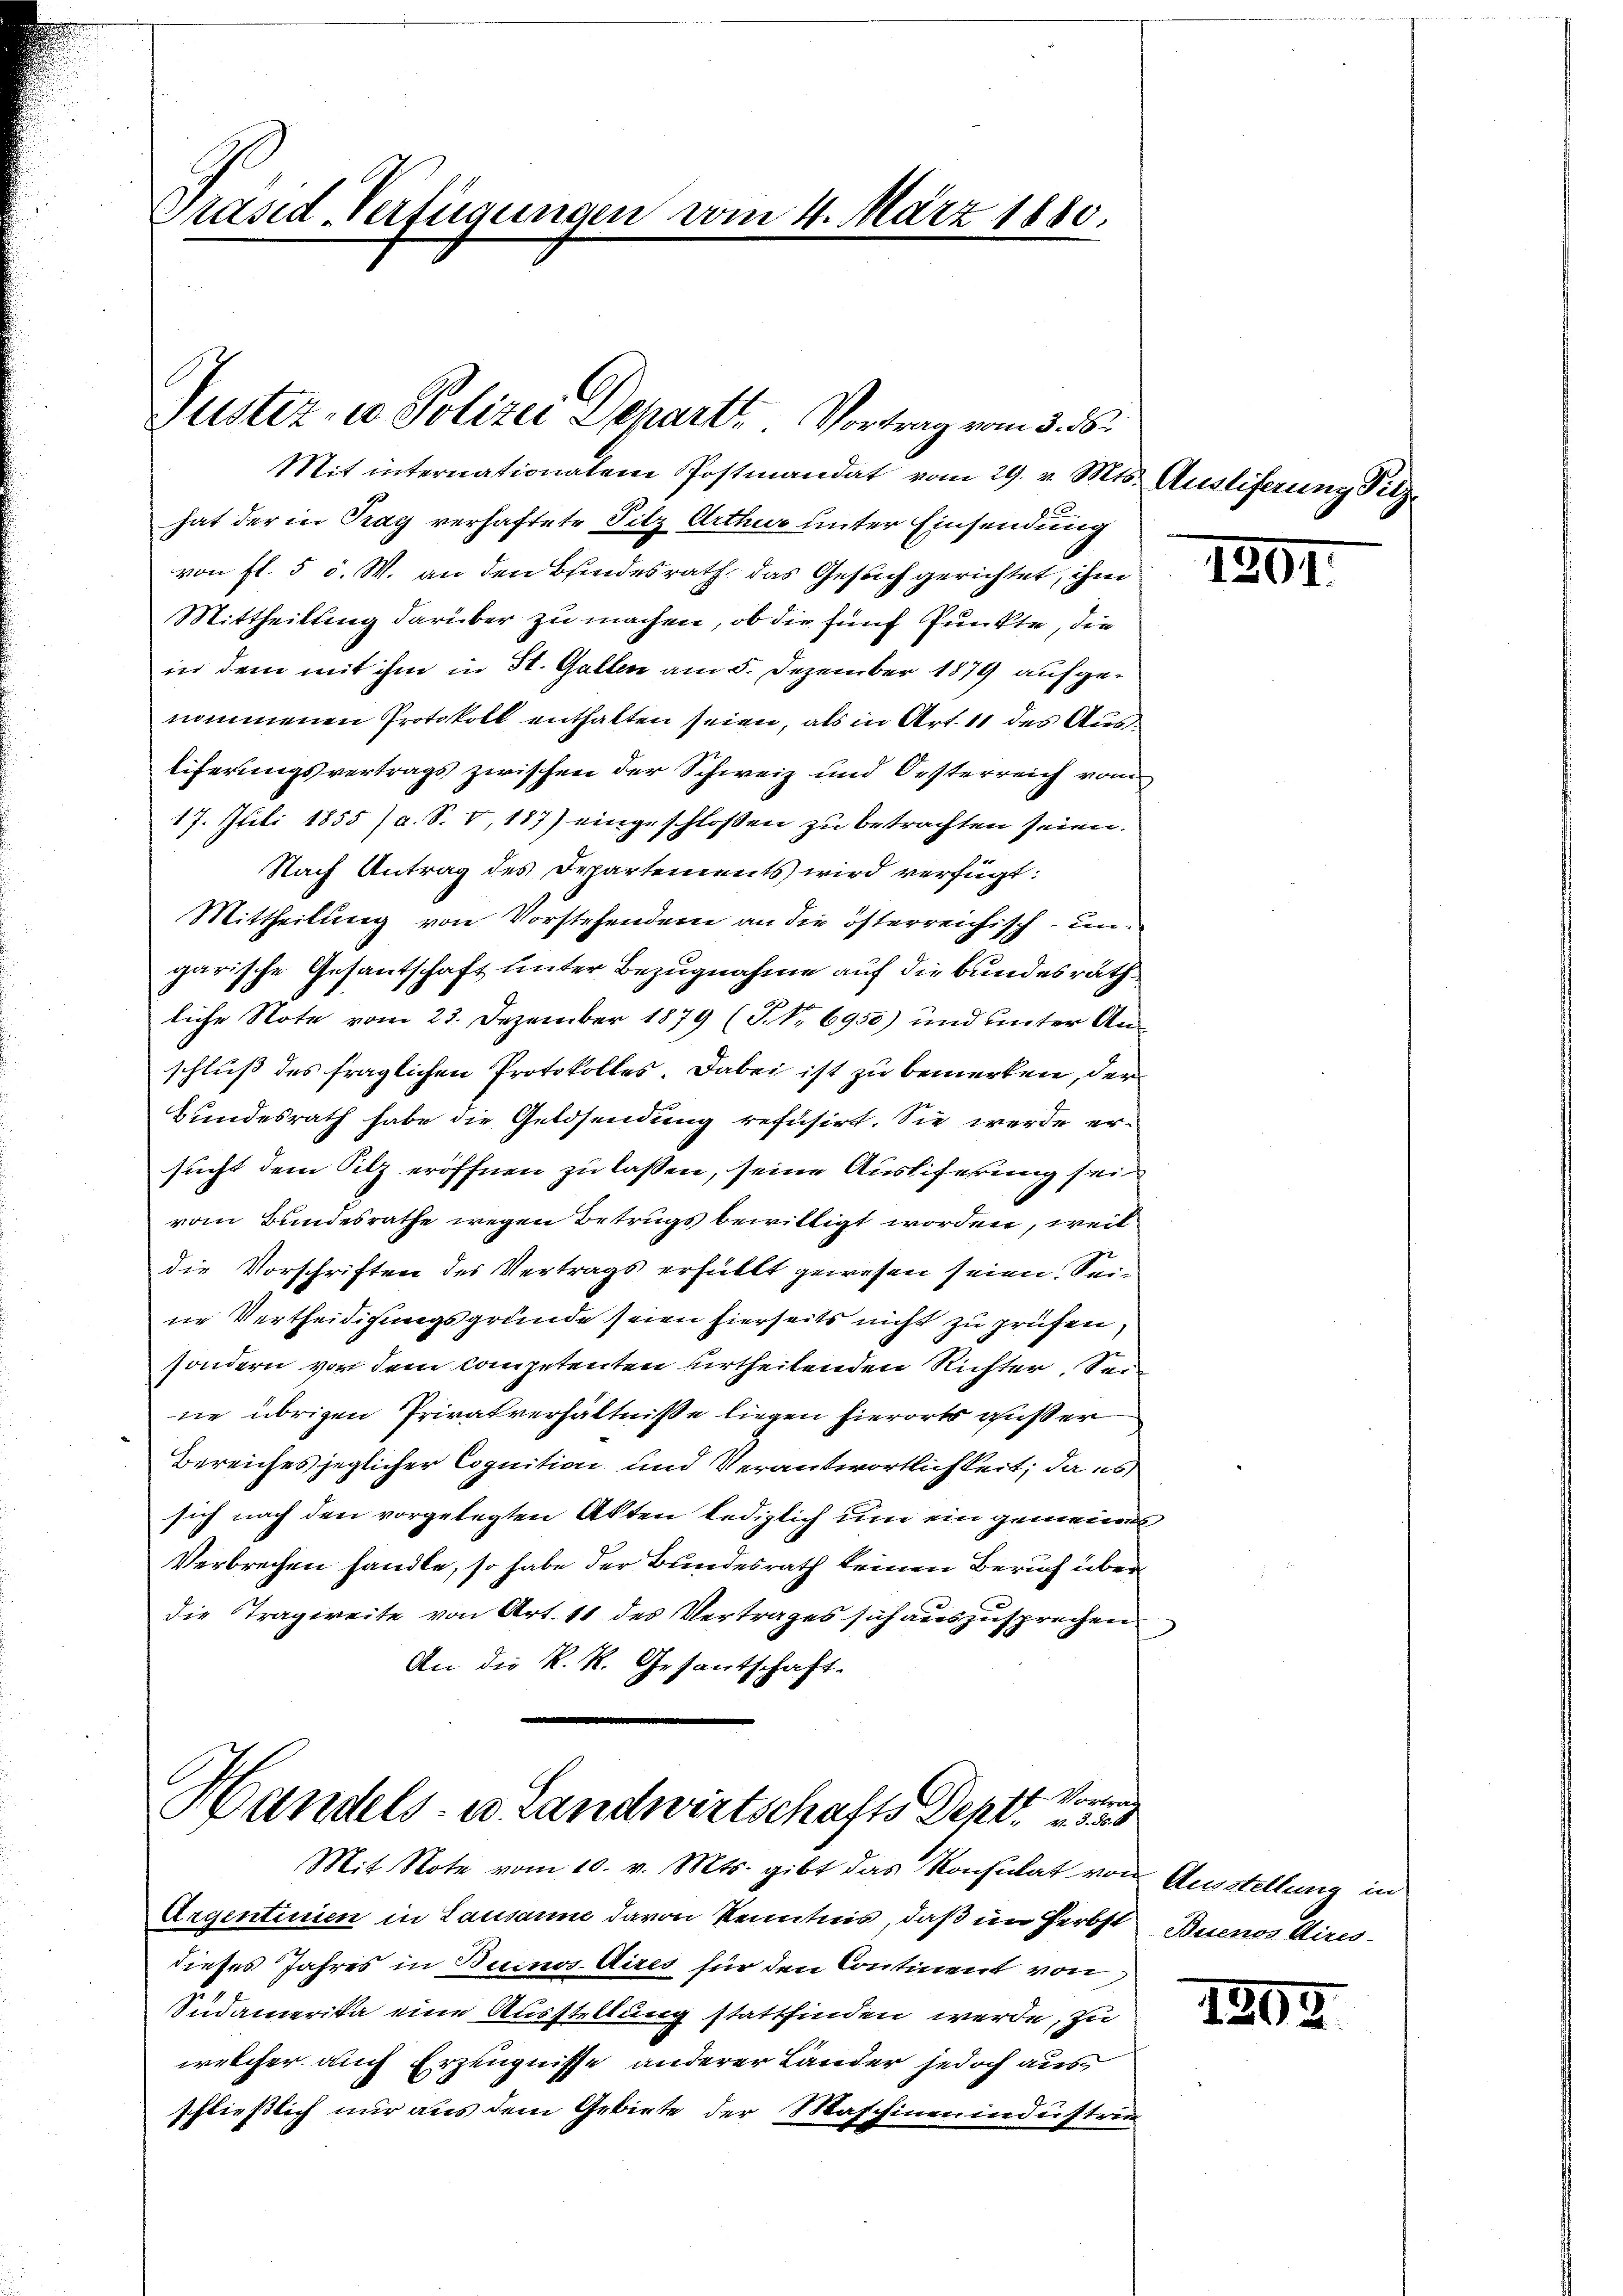
Präsid. Verfügungen vom 4. März 1880.

Justiz- u Polizei Departe. Vortrag vom 3. ds.

Mit internationalem Postmandat vom 29. v. Mts. Ausliferung Fitzhat der in Prag verhaftete Sitz Arthur unter Einsendung
von fl. 5 c. W. an den Blindesrath, das Gesuch gerichtet, ihm
Mittheilung darüber zu machen, ob die fünf Punkte, die
in dem mit ihm in St. Gallen am 5. Dezember 1879 aufgenommenen Protokoll enthalten seien, als in Art. 11 des Ausliferungsvertrags zwischen der Schweiz und Oesterreich vom
17. Juli 1855 (a. S. V, 187) eingeschlossen zu betrachten seien.
Nach Antrag des Departements wird verfügt:
Mittheilung von Vorstehendem an die österreichisch- ungarische Gesantschaft unter Bezugnahme auf die Bundesräth
liche Note vom 23. Dezember 1879 (T No 6950) und unter Anschluß des fraglichen Protokolles. Dabei ist zu bemerken, der
Bundesrath habe die Geldsendung refusirt. Sie werde ersucht dem Silz eröffnen zu lassen, seine Ausliferung sein
vom Bundesrathe wegen Betrugs bewilligt worden, weil
die Vorschriften des Vertrags erfüllt gewesen seien. Seine Vertheidigungsgründe seien hierseits nicht zu prüfen,
sondern vor dem Competenten urtheilenden Richter, Seine übrigen Privatverhältniße liegen hierorts ausser
Bereiches jeglicher Cognition und Verantwortlichkeit, da es
sich nach den vorgelegten Akten lediglich um ein gemeines
Verbrechen handle, so habe der Bundesrath keinen Beruf überdie Tragweite von Art. 11 des Vertrages sich auszusprechen
An die K. R. Gesantschaft.
Vortrag
Handels- u. Landwirtschafts Dekt dies

Mit Note vom 10. v. Mts. gibt das Konsulat von Ausstellung in
Argentinen in Lausanne davon Kenntnis, daß im Herbst
dieses Jahres in Buenos Aires für den Continent von
Südamerika eine Ausstellung stattfinden werde, zu
welcher auch Erzeugnisse anderer Lander jedoch aus
schließlich nur aus dem Gebiete der Maschinenindustri

1204.

Buenos Aires.

1293